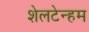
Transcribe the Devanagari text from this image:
शेलटेन्हम